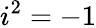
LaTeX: i^{2}=-1